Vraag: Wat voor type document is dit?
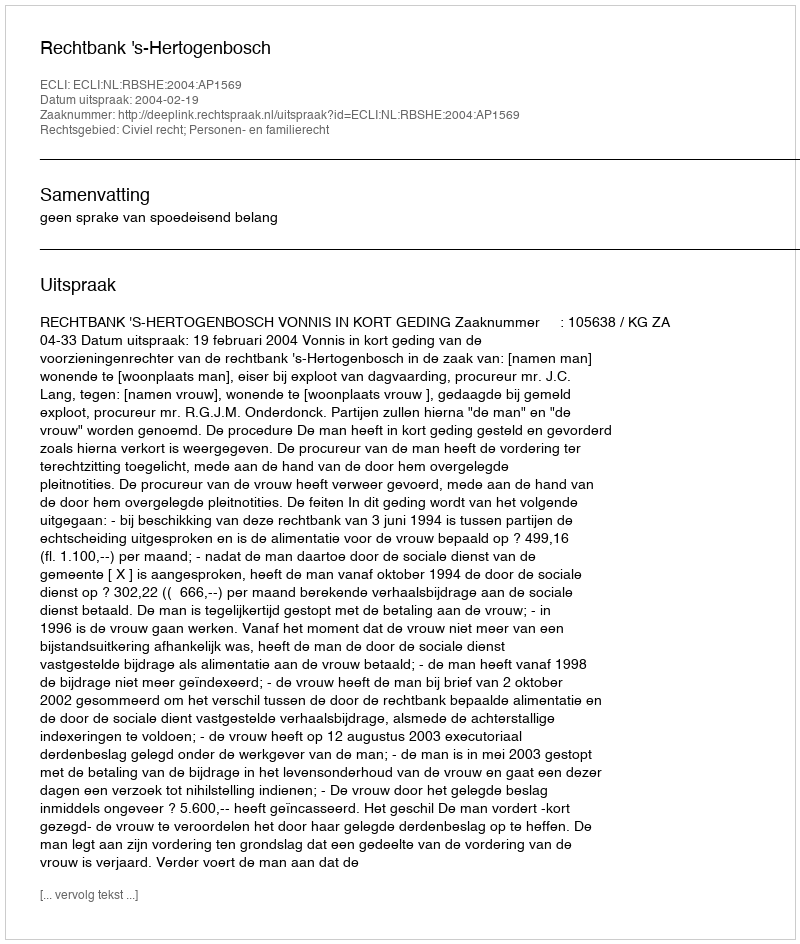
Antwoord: Uitspraak